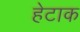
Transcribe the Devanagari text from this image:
हेटाक